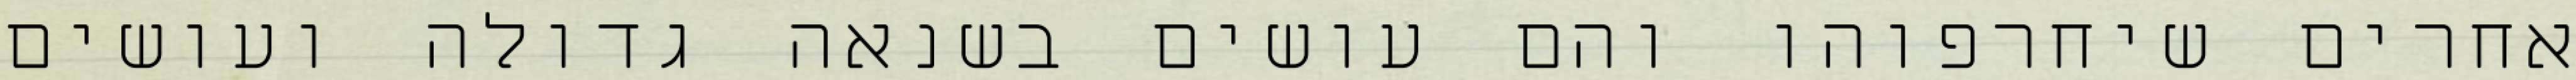
אחרים שיחרפוהו והם עושים בשנאה גדולה ועושים